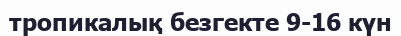
тропикалық безгекте 9-16 күн